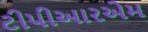
ટીપીઆરએમ